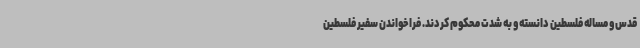
قدس و مساله فلسطین دانسته و به شدت محکوم کردند. فراخواندن سفیر فلسطین